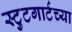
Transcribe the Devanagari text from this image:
स्टुटगार्टच्या